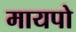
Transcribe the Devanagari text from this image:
मायपो